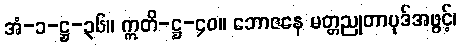
အံ-၁-ဋ္ဌ-၃၆။ ဣတိ-ဋ္ဌ-၄၀။ ဘောဇနေ မတ္တညုတာပုဒ်အဖွင့်၊